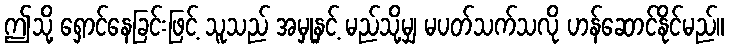
ဤသို့ ရှောင်နေခြင်းဖြင့် သူသည် အမှုနှင့် မည်သို့မျှ မပတ်သက်သလို ဟန်ဆောင်နိုင်မည်။